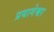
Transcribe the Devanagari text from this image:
प्रयागेश्वर